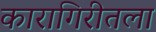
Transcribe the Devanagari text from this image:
कारागिरीतला